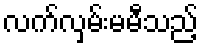
လက်လှမ်းမမီသည့်